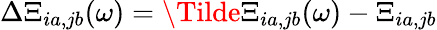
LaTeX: \Delta\Xi_{ia,jb}(\omega)=\Tilde{\Xi}_{ia,jb}(\omega)-\Xi_{ia,jb}